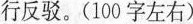
行反驳。(100字左右)